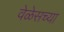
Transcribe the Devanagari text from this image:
वेळेसच्या